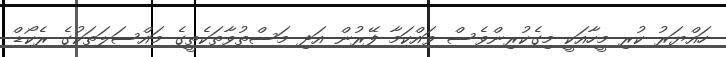
ހައްޔަރު ކުރި މީހާއަކީ މިގެކުރިންވެސް ވައްކަމާ ފޭރުން އަދި މަސްތުވާތަކެތީގެ މައްސަލަތަކުގެ ރެކޯޑް